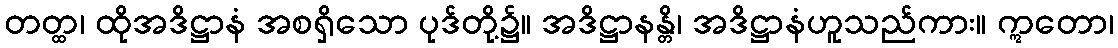
တတ္ထ၊ ထိုအဒိဋ္ဌာနံ အစရှိသော ပုဒ်တို့၌။ အဒိဋ္ဌာနန္တိ၊ အဒိဋ္ဌာနံဟူသည်ကား။ ဣတော၊